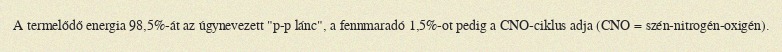
A termelődő energia 98,5%-át az úgynevezett "p-p lánc", a fennmaradó 1,5%-ot pedig a CNO-ciklus adja (CNO = szén-nitrogén-oxigén).